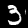
Label: 3